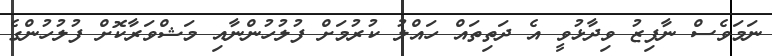
ނަމަވެސް ނާފިޒު ވިދާޅުވީ އެ ދަތިތައް ހައްލު ކުރުމަށް ފުލުހުންނާއި މަޝްވަރާކޮށް ފުލުހުންގެ